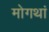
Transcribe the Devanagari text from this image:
मोगथां